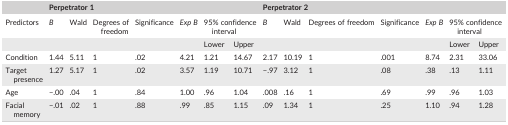
|  | <COLSPAN=7> Perpetrator 1 | <COLSPAN=7> Perpetrator 2 |
 | --- | --- | --- | --- | --- | --- | --- | --- | --- | --- | --- | --- | --- | --- | --- |
 | Predictors | B | Wald | Degrees of freedom | Significance | Exp B | <COLSPAN=2> 95% confidence interval | B | Wald | Degrees of freedom | Significance | Exp B | <COLSPAN=2> 95% confidence interval |
 | <COLSPAN=6>  | Lower | Upper | <COLSPAN=5>  | Lower | Upper |
 | Condition | 1.44 | 5.11 | 1 | .02 | 4.21 | 1.21 | 14.67 | 2.17 | 10.19 | 1 | .001 | 8.74 | 2.31 | 33.06 |
 | Target presence | 1.27 | 5.17 | 1 | .02 | 3.57 | 1.19 | 10.71 | −.97 | 3.12 | 1 | .08 | .38 | .13 | 1.11 |
 | Age | −.00 | .04 | 1 | .84 | 1.00 | .96 | 1.04 | .008 | .16 | 1 | .69 | .99 | .96 | 1.03 |
 | Facial memory | −.01 | .02 | 1 | .88 | .99 | .85 | 1.15 | .09 | 1.34 | 1 | .25 | 1.10 | .94 | 1.28 |